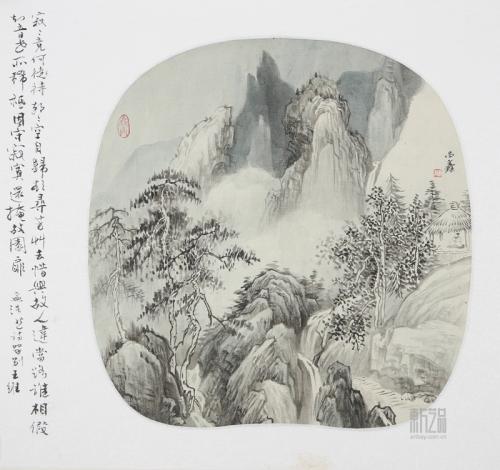
寂寂竟何待，朝朝空自归。